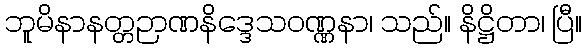
ဘူမိနာနတ္တဉာဏနိဒ္ဒေသဝဏ္ဏနာ၊ သည်။ နိဋ္ဌိတာ၊ ပြီ။